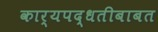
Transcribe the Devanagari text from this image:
कार्यपद्धतीबाबत